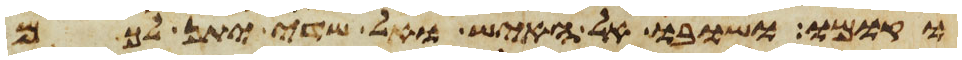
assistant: וקומו ושובו אל האיש ואל שדי יתן לכם